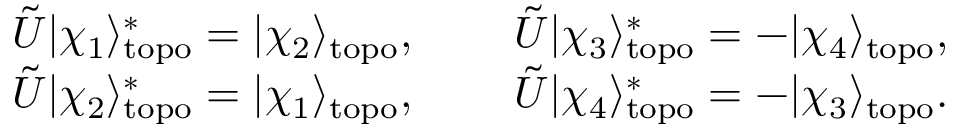
\begin{array} { r l r } { \tilde { U } | \chi _ { 1 } \rangle _ { \mathrm { t o p o } } ^ { * } = | \chi _ { 2 } \rangle _ { \mathrm { t o p o } } , } & { { } \ } & { \tilde { U } | \chi _ { 3 } \rangle _ { \mathrm { t o p o } } ^ { * } = - | \chi _ { 4 } \rangle _ { \mathrm { t o p o } } , } \\ { \tilde { U } | \chi _ { 2 } \rangle _ { \mathrm { t o p o } } ^ { * } = | \chi _ { 1 } \rangle _ { \mathrm { t o p o } } , } & { { } \ } & { \tilde { U } | \chi _ { 4 } \rangle _ { \mathrm { t o p o } } ^ { * } = - | \chi _ { 3 } \rangle _ { \mathrm { t o p o } } . } \end{array}